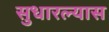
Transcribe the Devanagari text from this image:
सुधारल्यास